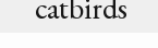
catbirds